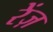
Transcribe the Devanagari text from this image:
रेंज़